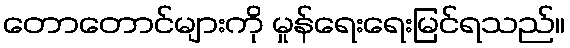
တောတောင်များကို မှုန်ရေးရေးမြင်ရသည်။